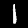
Label: 1